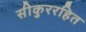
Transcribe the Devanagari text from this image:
सीकुररहित